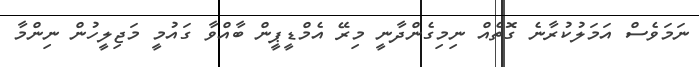
ނަމަވެސް އަމަލުކުރާނެ ގޮތެއް ނިމިގެންދާނީ މިރޭ އެމްޑީޕީން ބާއްވާ ގައުމީ މަޖިލީހުން ނިންމާ